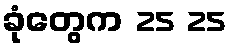
ခုံတွေက 25 25